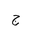
Letter: _gim